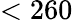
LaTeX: <260